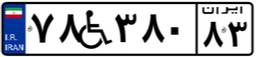
۷۸W۳۸۰۸۳